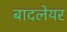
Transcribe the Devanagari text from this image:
बादलेयर